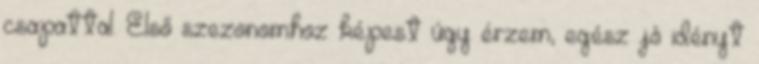
csapattal. Első szezonomhoz képest úgy érzem, egész jó idényt